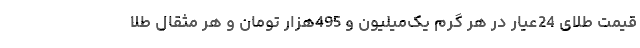
قیمت طلای 24عیار در هر گرم یک‌میلیون و 495هزار تومان و هر مثقال طلا